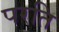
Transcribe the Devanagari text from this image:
परति